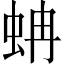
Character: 蚺